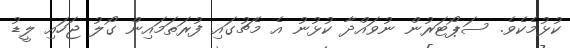
ކުޅުމެކެވެ. ސަޕޯޓަރުން ނުވައްދާ ކުޅުނު އެ މެޗުގައި ފުރަތަމައިން ގޯލު ޖަހައި ލީޑު